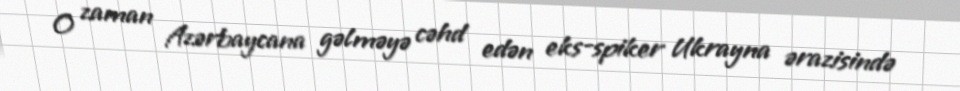
O zaman Azərbaycana gəlməyə cəhd edən eks-spiker Ukrayna ərazisində